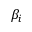
\beta _ { i }